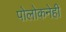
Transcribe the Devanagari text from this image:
पोलोकनेही